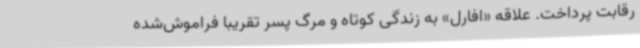
رقابت پرداخت. علاقه «افارل» به زندگی کوتاه و مرگ پسر تقریبا فراموش‌شده